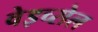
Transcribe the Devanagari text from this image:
वेइच्सेल